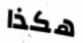
هكذا